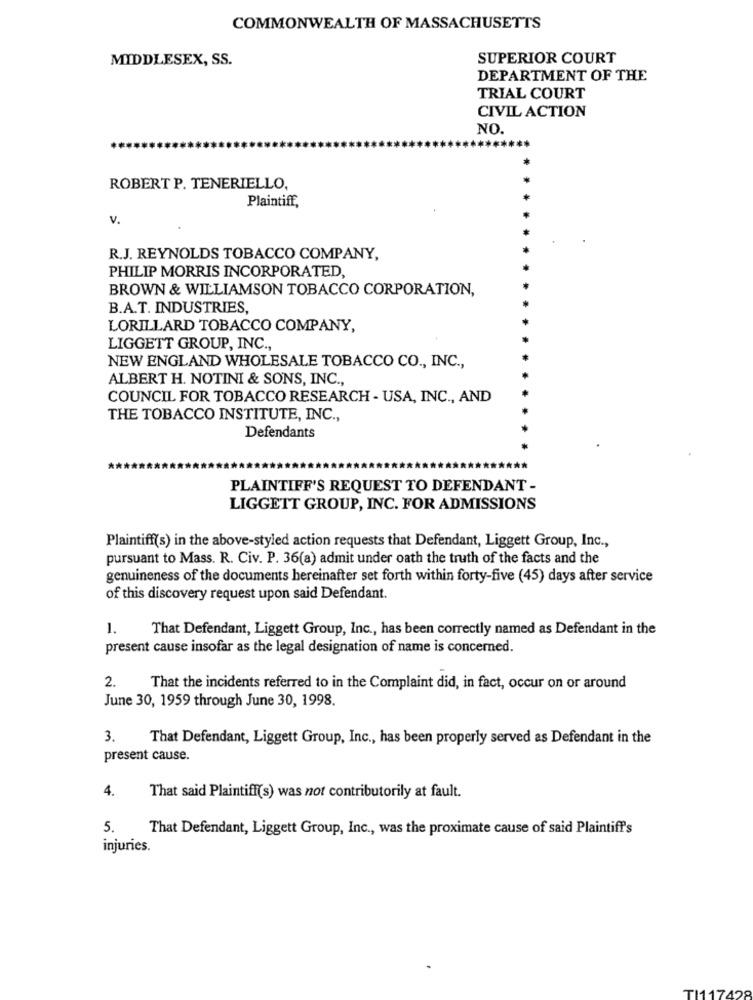
COMMONWEALTH OF MASSACHUSETTS
MIDDLESEX, SS.
SUPERIOR COURT
DEPARTMENT OF THE
TRIAL COURT
CIVIL ACTION
NO.
******
ROBERT P. TENERIELLO,
Plaintiff,
V.
R.J. REYNOLDS TOBACCO COMPANY,
PHILIP MORRIS INCORPORATED,
BROWN & WILLIAMSON TOBACCO CORPORATION,
B.A.T. INDUSTRIES,
LORILLARD TOBACCO COMPANY,
LIGGETT GROUP, INC .,
NEW ENGLAND WHOLESALE TOBACCO CO ., INC .,
ALBERT H. NOTINI & SONS, INC .,
COUNCIL FOR TOBACCO RESEARCH - USA, INC ., AND
THE TOBACCO INSTITUTE, INC .,
Defendants
PLAINTIFF'S REQUEST TO DEFENDANT -
LIGGETT GROUP, INC. FOR ADMISSIONS
Plaintiff(s) in the above-styled action requests that Defendant, Liggett Group, Inc .,
pursuant to Mass. R. Civ. P. 36(a) admit under oath the truth of the facts and the
genuineness of the documents hereinafter set forth within forty-five (45) days after service
of this discovery request upon said Defendant.
That Defendant, Liggett Group, Inc ., has been correctly named as Defendant in the
present cause insofar as the legal designation of name is concerned.
2.
That the incidents referred to in the Complaint did, in fact, occur on or around
June 30, 1959 through June 30, 1998.
3.
That Defendant, Liggett Group, Inc ., has been properly served as Defendant in the
present cause.
4.
That said Plaintiff(s) was not contributorily at fault.
5.
That Defendant, Liggett Group, Inc ., was the proximate cause of said Plaintiff's
injuries.
TI117428